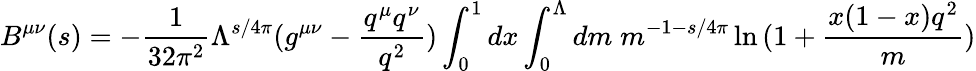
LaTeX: B^{\mu\nu}(s)=-\frac{1}{32\pi^{2}}\Lambda^{s/4\pi}(g^{\mu\nu}-\frac{q^{\mu}q^{\nu}}{q^{2}})\int_{0}^{1}dx\int_{0}^{\Lambda}dm\; m^{-1-s/4\pi}\ln{(1+\frac{x(1-x)q^{2}}{m})}